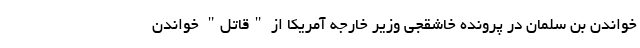
خواندن بن سلمان در پرونده خاشقجی وزیر خارجه آمریکا از "قاتل" خواندن